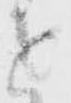
進